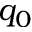
q _ { 0 }